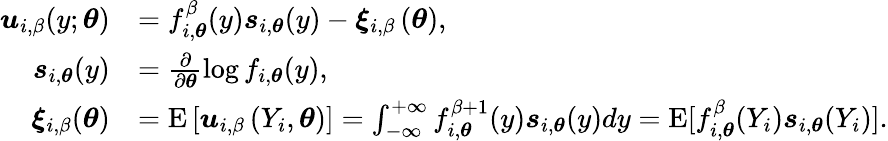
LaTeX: \begin{array}{rl}{\boldsymbol{u}_{i,\beta}(y;\boldsymbol{\theta})}&{=f_{i,\boldsymbol{\theta}}^{\beta}(y)\boldsymbol{s}_{i,\boldsymbol{\theta}}(y)-\boldsymbol{\xi}_{i,\beta}\left(\boldsymbol{\theta}\right),}\\ {\boldsymbol{s}_{i,\boldsymbol{\theta}}(y)}&{=\frac{\partial}{\partial\boldsymbol{\theta}}\log f_{i,\boldsymbol{\theta}}(y),}\\ {\boldsymbol{\xi}_{i,\beta}(\boldsymbol{\theta})}&{=\mathrm{E}\left[\boldsymbol{u}_{i,\beta}\left(Y_{i},\boldsymbol{\theta}\right)\right]=\int_{\mathcal{-\infty}}^{+\infty}f_{i,\boldsymbol{\theta}}^{\beta+1}(y)\boldsymbol{s}_{i,\boldsymbol{\theta}}(y)dy=\mathrm{E}[f_{i,\boldsymbol{\theta}}^{\beta}(Y_{i})\boldsymbol{s}_{i,\boldsymbol{\theta}}(Y_{i})].}\end{array}